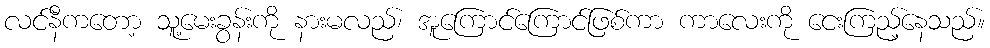
လင်နီကတော့ သူ့မေးခွန်းကို နားမလည်၊ အူကြောင်ကြောင်ဖြစ်ကာ ကာလေးကို ငေးကြည့်နေသည်။